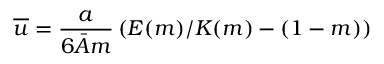
\overline { { u } } = \frac { a } { 6 \bar { A } m } \left( E ( m ) / K ( m ) - ( 1 - m ) \right)